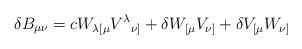
LaTeX: \begin{align*}\delta B_{\mu\nu} = c W_{\lambda[\mu} V^{\lambda}{}_{\nu]}+ \delta W_{[\mu} V_{\nu]} + \delta V_{[\mu} W_{\nu]}\end{align*}